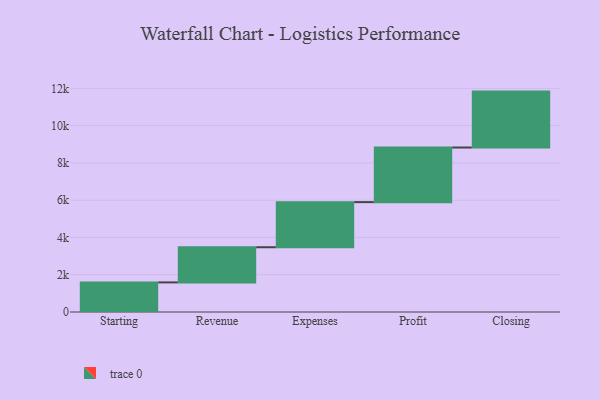
{"axis": {"x": "Step", "y": "Value"}, "legend": [""], "data": [{"x": "Starting", "y": 1588.0, "type": ""}, {"x": "Revenue", "y": 1887.0, "type": ""}, {"x": "Expenses", "y": 2420.0, "type": ""}, {"x": "Profit", "y": 2930.0, "type": ""}, {"x": "Closing", "y": 3000, "type": ""}]}